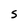
Character: S